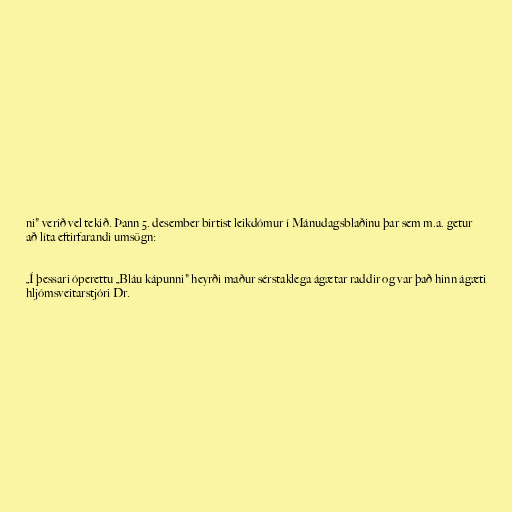
ni" verið vel tekið. Þann 5. desember birtist leikdómur í Mánudagsblaðinu þar sem m.a. getur
að líta eftirfarandi umsögn:

„Í þessari óperettu „Bláu kápunni" heyrði maður sérstaklega ágætar raddir og var það hinn ágæti
hljómsveitarstjóri Dr.